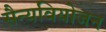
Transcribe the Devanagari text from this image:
सैन्यवियोजन